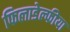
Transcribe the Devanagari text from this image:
फिलाडेल्फीया